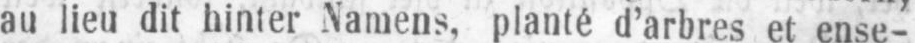
au lieu dit hinter Namens, planté d’arbres et ense-